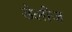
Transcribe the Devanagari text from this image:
डेलीज